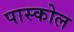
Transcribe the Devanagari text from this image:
पास्कोल